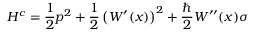
H ^ { c } = \frac { 1 } { 2 } p ^ { 2 } + \frac { 1 } { 2 } \left( W ^ { \prime } ( x ) \right) ^ { 2 } + \frac { \hbar } { 2 } W ^ { \prime \prime } ( x ) \sigma